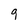
Character: 9